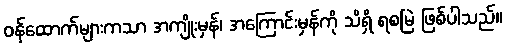
ဝန်ထောက်များကသာ အကျိုးမှန်၊ အကြောင်းမှန်ကို သိရှိ ရစမြဲ ဖြစ်ပါသည်။